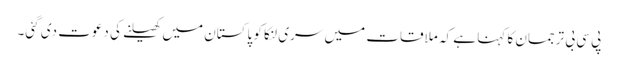
پی سی بی ترجمان کا کہنا ہے کہ ملاقات میں سری لنکا کو پاکستان میں کھیلنے کی دعوت دی گئی۔